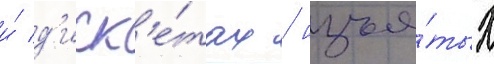
и́ д'иск'е́тах / изъя́тых